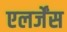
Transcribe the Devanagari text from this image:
एलर्जेंस